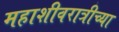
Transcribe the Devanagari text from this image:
महाशीवरात्रीच्या